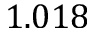
1 . 0 1 8